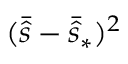
( \bar { \hat { s } } - \bar { \hat { s } } _ { * } ) ^ { 2 }